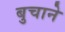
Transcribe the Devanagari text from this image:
बुचाने